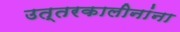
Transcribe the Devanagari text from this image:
उत्तरकालीनांना